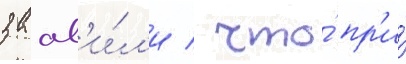
заав'и́л'и / что́ пр'и́